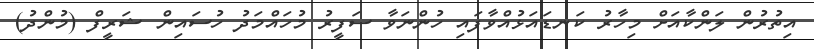
އިތުރުން ލަންކާއަށް މިހާރު ކަނޑައަޅުއްވާފައި ހުންނަވާ ސަފީރު މުހައްމަދު ހުސައިން ޝަރީފް (މުންދު)